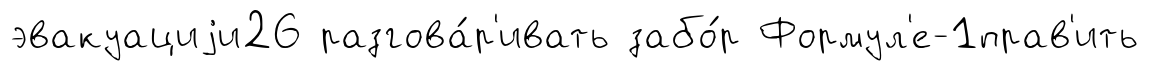
эвакуациjи26 разгова́р'ивать забо́р Формул'е-1прав'ить